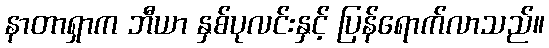
နာတာရှာက ဘီယာ နှစ်ပုလင်းနှင့် ပြန်ရောက်လာသည်။